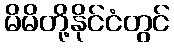
မိမိတို့နိုင်ငံတွင်